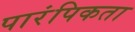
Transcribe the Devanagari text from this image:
पारंपिकता